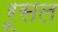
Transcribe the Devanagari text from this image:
रूसल